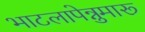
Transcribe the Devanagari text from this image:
भाटलापेन्नुमारू